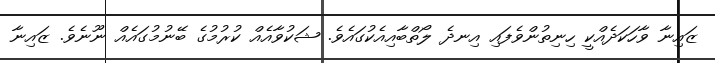
ޒައިނާ ވާހަކަދެއްކީ ހިނިތުންވެފައި އިނދެ ލޯތްބާއިއެކުގައެވެ. ޝަކުވާއެއް ކުރުމުގެ ބޭނުމުގައެއް ނޫނެވެ. ޒައިނާ